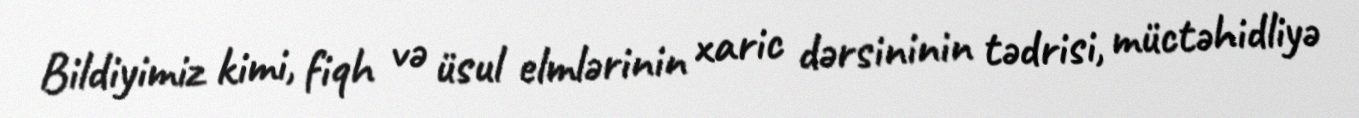
Bildiyimiz kimi, fiqh və üsul elmlərinin xaric dərsininin tədrisi, müctəhidliyə